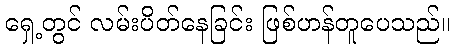
ရှေ့တွင် လမ်းပိတ်နေခြင်း ဖြစ်ဟန်တူပေသည်။